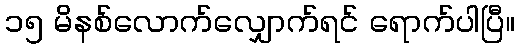
၁၅ မိနစ်လောက်လျှောက်ရင် ရောက်ပါပြီ။